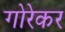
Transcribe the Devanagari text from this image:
गोरेकर